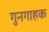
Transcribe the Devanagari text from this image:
गुनगाहक